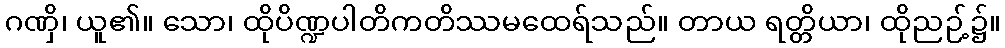
ဂဏှိ၊ ယူ၏။ သော၊ ထိုပိဏ္ဍပါတိကတိဿမထေရ်သည်။ တာယ ရတ္တိယာ၊ ထိုညဉ့်၌။